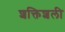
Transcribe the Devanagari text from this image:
शक्तिशली